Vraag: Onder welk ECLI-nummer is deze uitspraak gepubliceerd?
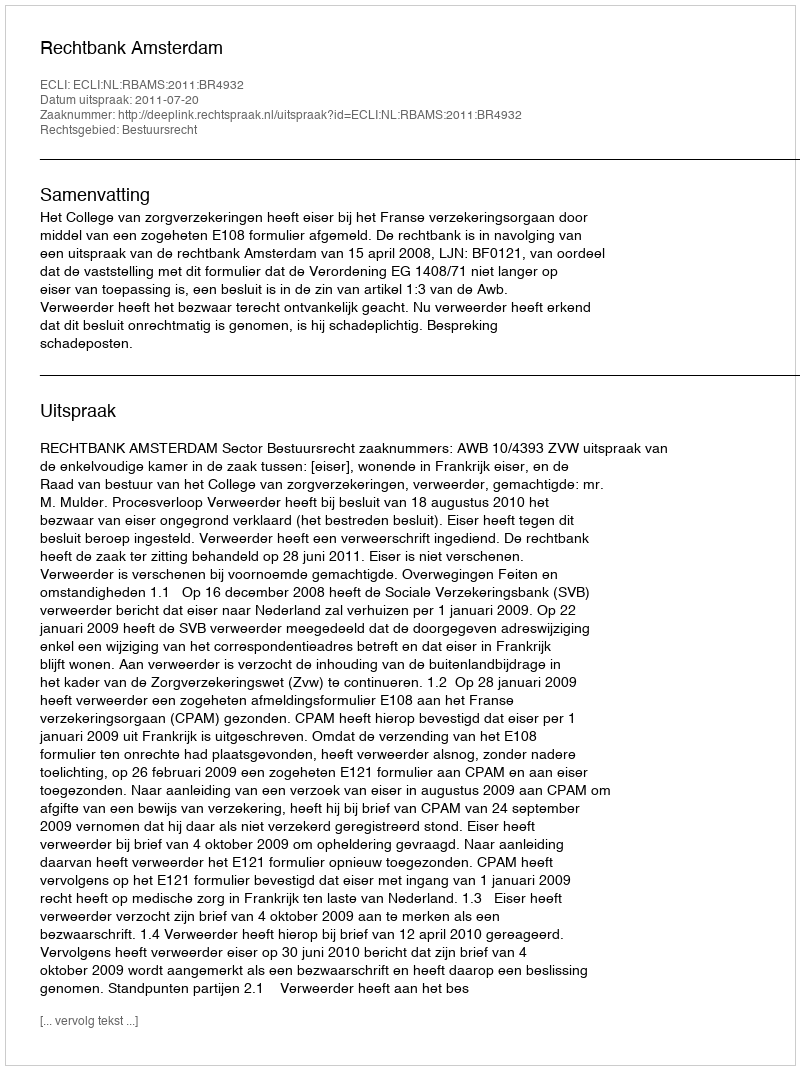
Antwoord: ECLI:NL:RBAMS:2011:BR4932